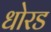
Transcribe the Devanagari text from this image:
धोरड